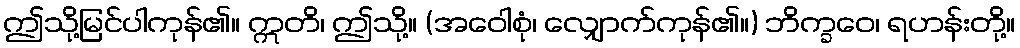
ဤသို့မြင်ပါကုန်၏။ ဣတိ၊ ဤသို့။ (အဝေါစုံ၊ လျှောက်ကုန်၏။) ဘိက္ခဝေ၊ ရဟန်းတို့။